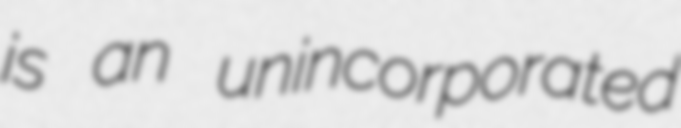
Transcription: is an unincorporated